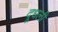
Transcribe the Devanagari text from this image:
दूधली